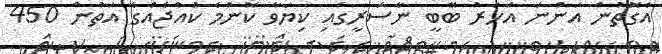
އެގޮތުން އަންނަ އަހަރު ބޭބީ ނާސަރީގައި ކިޔަވާ ކޮންމެ ކުއްޖެއްގެ އަތުން 450